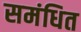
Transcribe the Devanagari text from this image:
समंधित